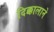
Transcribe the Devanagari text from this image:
दिक्कालाने